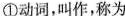
①动词，叫作，称为